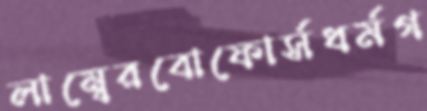
লাম্বেরবোফোর্সধর্মগ